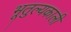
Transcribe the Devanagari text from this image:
भूतुल्यकाली